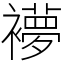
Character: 䙦